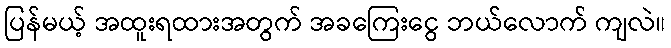
ပြန်မယ့် အထူးရထားအတွက် အခကြေးငွေ ဘယ်လောက် ကျလဲ။